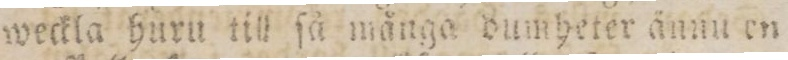
weckla huru till ſå många dumheter ånnu en